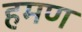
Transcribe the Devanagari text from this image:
हमण